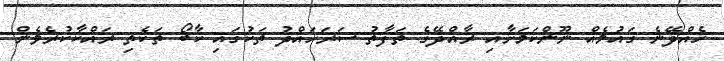
ހެއްދޭނެ ޤައުމެއް ނޫންކަމަށާއި ރާއްޛޭގެ ތަފާތު ސަރަހައްދު ތަކުގައި ކާބޯ ތަކެތި ރައްކާކުރެވެން